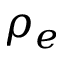
\rho _ { e }